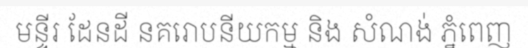
មន្ទីរ ដែនដី នគរោបនីយកម្ម និង សំណង់ ភ្នំពេញ